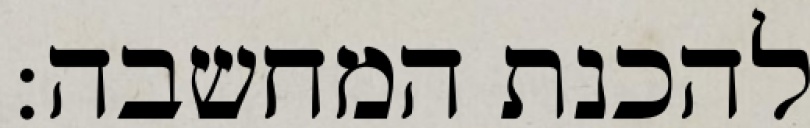
להכנת המחשבה: